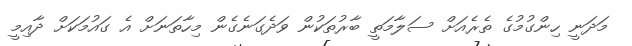
މަދަނީ ހިންގުމުގެ ތެރެއަށް ސަލާމަތީ ބާރުތަކުން ވަދެގަނެގެން މިހާތަނަށް އެ ގައުމަކަށް ދާއިމީ